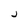
Character: J